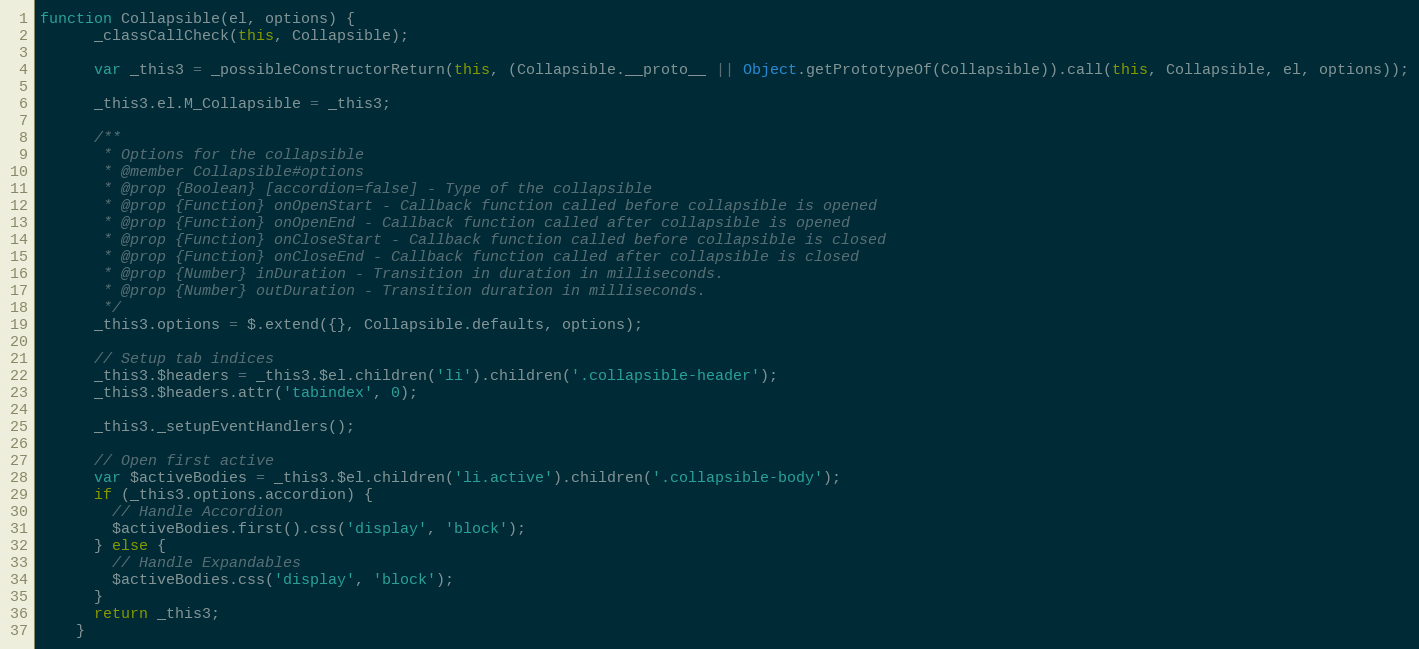
Language: JavaScript
function Collapsible(el, options) {
      _classCallCheck(this, Collapsible);

      var _this3 = _possibleConstructorReturn(this, (Collapsible.__proto__ || Object.getPrototypeOf(Collapsible)).call(this, Collapsible, el, options));

      _this3.el.M_Collapsible = _this3;

      /**
       * Options for the collapsible
       * @member Collapsible#options
       * @prop {Boolean} [accordion=false] - Type of the collapsible
       * @prop {Function} onOpenStart - Callback function called before collapsible is opened
       * @prop {Function} onOpenEnd - Callback function called after collapsible is opened
       * @prop {Function} onCloseStart - Callback function called before collapsible is closed
       * @prop {Function} onCloseEnd - Callback function called after collapsible is closed
       * @prop {Number} inDuration - Transition in duration in milliseconds.
       * @prop {Number} outDuration - Transition duration in milliseconds.
       */
      _this3.options = $.extend({}, Collapsible.defaults, options);

      // Setup tab indices
      _this3.$headers = _this3.$el.children('li').children('.collapsible-header');
      _this3.$headers.attr('tabindex', 0);

      _this3._setupEventHandlers();

      // Open first active
      var $activeBodies = _this3.$el.children('li.active').children('.collapsible-body');
      if (_this3.options.accordion) {
        // Handle Accordion
        $activeBodies.first().css('display', 'block');
      } else {
        // Handle Expandables
        $activeBodies.css('display', 'block');
      }
      return _this3;
    }